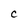
Character: C